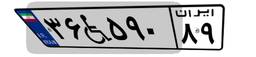
۳۶W۵۹۰۸۹